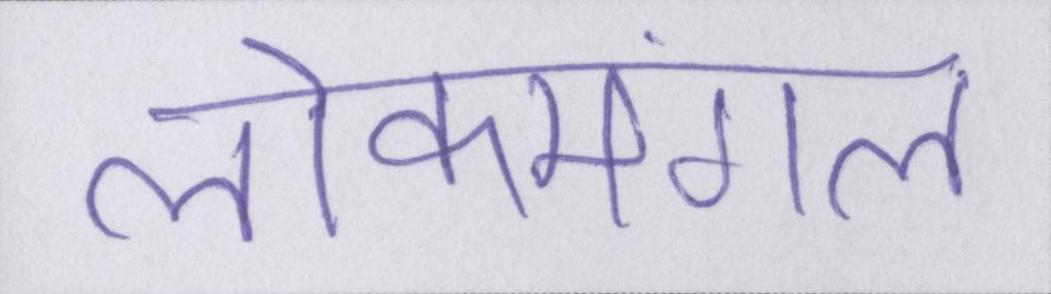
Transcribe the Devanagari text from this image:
लोकमंगल